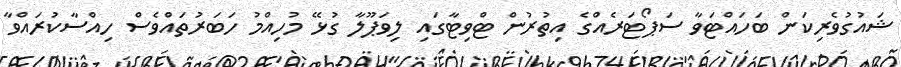
ޝައުގުވެރިކަން ބަހައްޓަވާ ސަޕޯޓަރެއްގެ އިތުރުން ޓްވިޓާގައި ލިވަޕޫލާ ގުޅޭ މުހިއްމު ހަބަރުތައްވެސް ހިއްސާކުރައްވާ